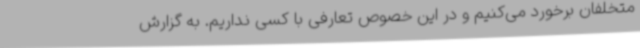
متخلفان برخورد می‌کنیم و در این خصوص تعارفی با کسی نداریم. به گزارش